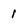
Character: 1